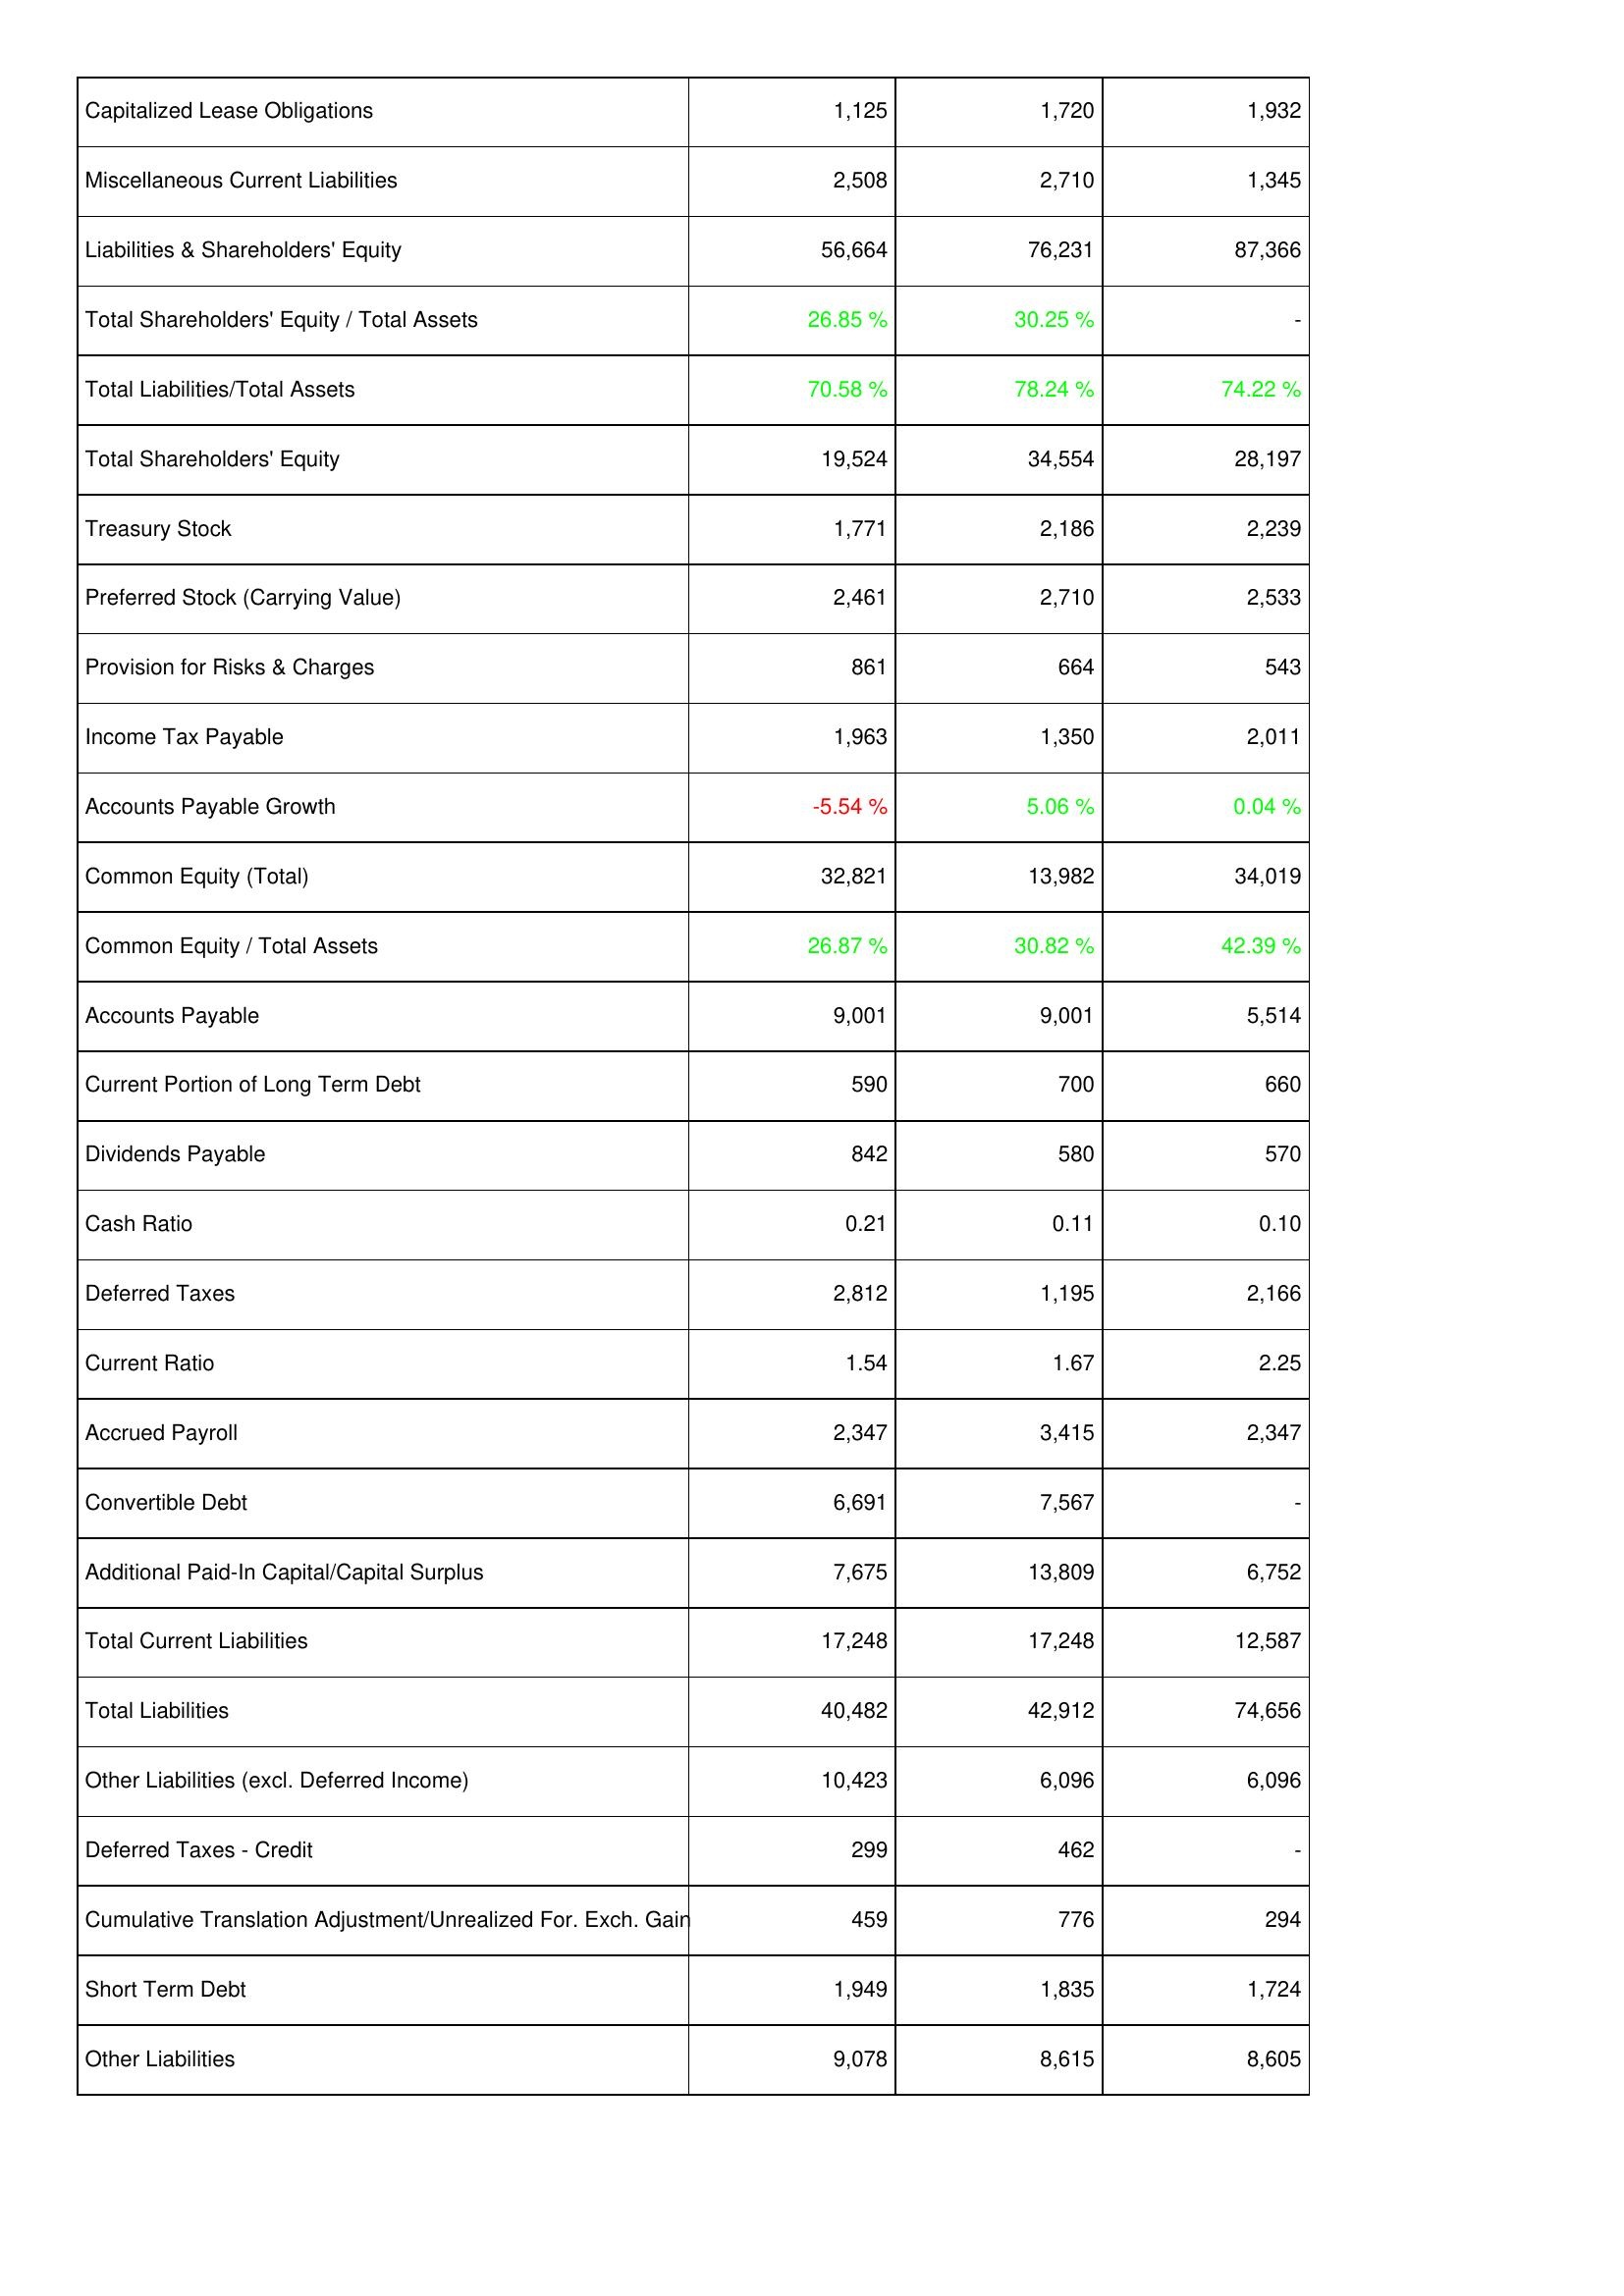
2015: Liabilities & Shareholders' Equity: Capitalized Lease Obligations: 1,125
Miscellaneous Current Liabilities: 2,508
Liabilities & Shareholders' Equity: 56,664
Total Shareholders' Equity / Total Assets: 26.85 %
Total Liabilities/Total Assets: 70.58 %
Total Shareholders' Equity: 19,524
Treasury Stock: 1,771
Preferred Stock (Carrying Value): 2,461
Provision for Risks & Charges: 861
Income Tax Payable: 1,963
Accounts Payable Growth: -5.54 %
Common Equity (Total): 32,821
Common Equity / Total Assets: 26.87 %
Accounts Payable: 9,001
Current Portion of Long Term Debt: 590
Dividends Payable: 842
Cash Ratio: 0.21
Deferred Taxes: 2,812
Current Ratio: 1.54
Accrued Payroll: 2,347
Convertible Debt: 6,691
Additional Paid-In Capital/Capital Surplus: 7,675
Total Current Liabilities: 17,248
Total Liabilities: 40,482
Other Liabilities (excl. Deferred Income): 10,423
Deferred Taxes - Credit: 299
Cumulative Translation Adjustment/Unrealized For. Exch. Gain: 459
Short Term Debt: 1,949
Other Liabilities: 9,078
2016: Liabilities & Shareholders' Equity: Capitalized Lease Obligations: 1,720
Miscellaneous Current Liabilities: 2,710
Liabilities & Shareholders' Equity: 76,231
Total Shareholders' Equity / Total Assets: 30.25 %
Total Liabilities/Total Assets: 78.24 %
Total Shareholders' Equity: 34,554
Treasury Stock: 2,186
Preferred Stock (Carrying Value): 2,710
Provision for Risks & Charges: 664
Income Tax Payable: 1,350
Accounts Payable Growth: 5.06 %
Common Equity (Total): 13,982
Common Equity / Total Assets: 30.82 %
Accounts Payable: 9,001
Current Portion of Long Term Debt: 700
Dividends Payable: 580
Cash Ratio: 0.11
Deferred Taxes: 1,195
Current Ratio: 1.67
Accrued Payroll: 3,415
Convertible Debt: 7,567
Additional Paid-In Capital/Capital Surplus: 13,809
Total Current Liabilities: 17,248
Total Liabilities: 42,912
Other Liabilities (excl. Deferred Income): 6,096
Deferred Taxes - Credit: 462
Cumulative Translation Adjustment/Unrealized For. Exch. Gain: 776
Short Term Debt: 1,835
Other Liabilities: 8,615
2017: Liabilities & Shareholders' Equity: Capitalized Lease Obligations: 1,932
Miscellaneous Current Liabilities: 1,345
Liabilities & Shareholders' Equity: 87,366
Total Shareholders' Equity / Total Assets: -
Total Liabilities/Total Assets: 74.22 %
Total Shareholders' Equity: 28,197
Treasury Stock: 2,239
Preferred Stock (Carrying Value): 2,533
Provision for Risks & Charges: 543
Income Tax Payable: 2,011
Accounts Payable Growth: 0.04 %
Common Equity (Total): 34,019
Common Equity / Total Assets: 42.39 %
Accounts Payable: 5,514
Current Portion of Long Term Debt: 660
Dividends Payable: 570
Cash Ratio: 0.10
Deferred Taxes: 2,166
Current Ratio: 2.25
Accrued Payroll: 2,347
Convertible Debt: -
Additional Paid-In Capital/Capital Surplus: 6,752
Total Current Liabilities: 12,587
Total Liabilities: 74,656
Other Liabilities (excl. Deferred Income): 6,096
Deferred Taxes - Credit: -
Cumulative Translation Adjustment/Unrealized For. Exch. Gain: 294
Short Term Debt: 1,724
Other Liabilities: 8,605